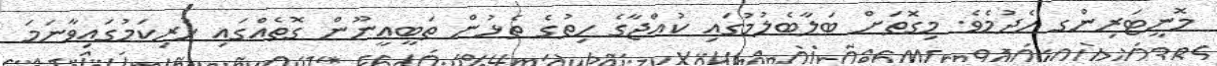
މޮނީޓަރިންގ ހެދުމެވެ. މިގޮތަށް ބަލާބެލުމުގައި ކުއްޖާގެ ހިތުގެ ތެޅުން ތަބީޢީނޫން ގޮތެއްގައި ހުރިކަމުގައިވާނަމަ